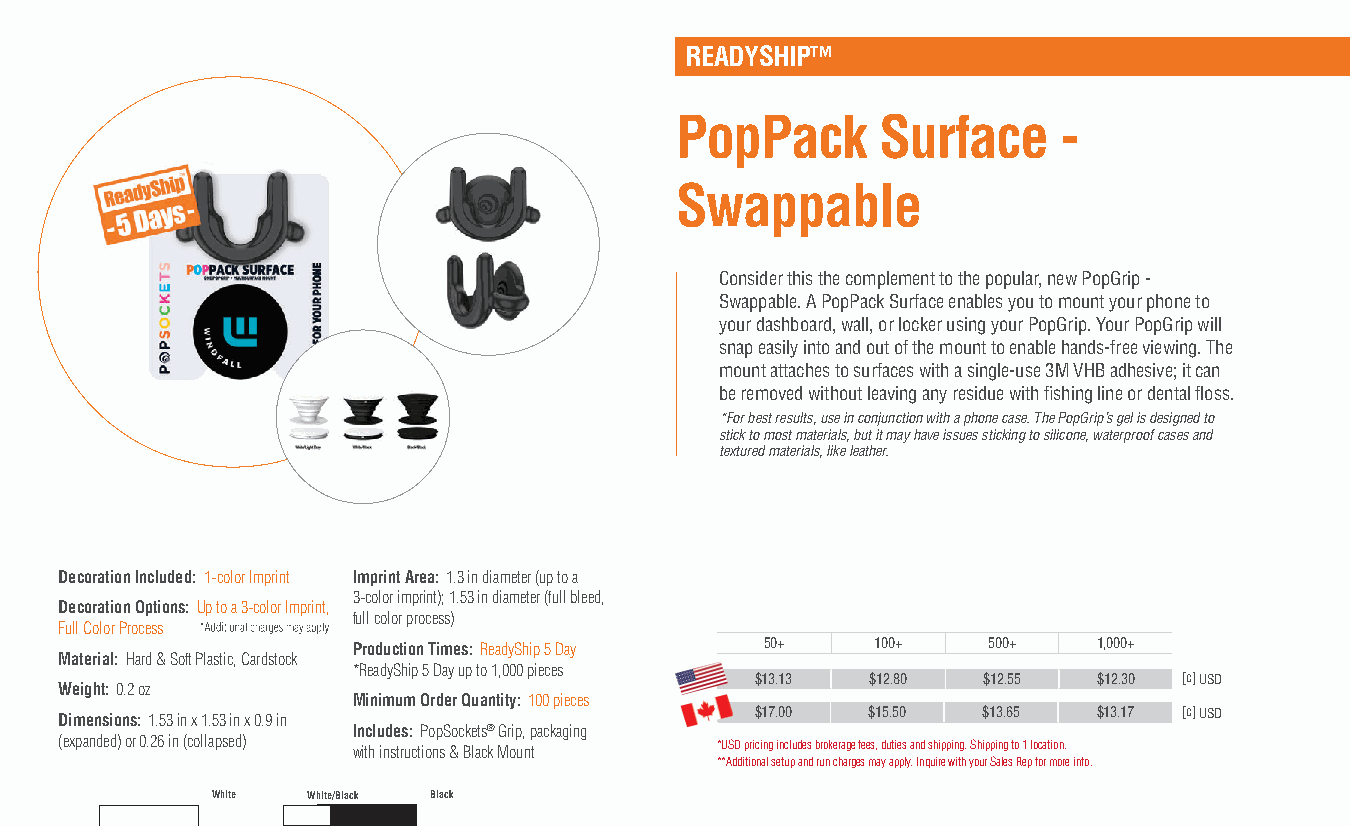
READYSHIP™
 PopPack      Surface     -
 Swappable
 Consider this the complement to the popular, new PopGrip -
 Swappable. A PopPack Surface enables you to mount your phone to
 your dashboard, wall, or locker using your PopGrip. Your PopGrip will
 snap easily into and out of the mount to enable hands-free viewing. The
 mount attaches to surfaces with a single-use 3M VHB adhesive; it can
 be removed without leaving any residue with fishing line or dental floss.
 *For best results, use in conjunction with a phone case. The PopGrip’s gel is designed to
 stick to most materials, but it may have issues sticking to silicone, waterproof cases and
 textured materials, like leather.
 Decoration Included: 1-color Imprint Imprint Area: 1.3 in diameter (up to a
 3-color imprint); 1.53 in diameter (full bleed,
 Decoration Options: Up to a 3-color Imprint,
 full color process)
 Full Color Process
 Production Times: ReadyShip 5 Day 50+ 100+ 500+   1,000+
 Material: Hard & Soft Plastic, Cardstock
 *ReadyShip 5 Day up to 1,000 pieces
 $13.13  $12.80 $12.55  $12.30 [c] USD
 Weight: 0.2 oz
 Minimum Order Quantity: 100 pieces
 Dimensions: 1.53 in x 1.53 in x 0.9 in        $17.00 $15.50  $13.65  $13.17 [c] USD
 Includes: PopSockets® Grip, packaging
 (expanded) or 0.26 in (collapsed) with instructions & Black Mount *USD pricing includes brokerage fees, duties and shipping. Shipping to 1 location.
 **Additional setup and run charges may apply. Inquire with your Sales Rep for more info.
 White White/Black Black